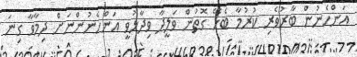
އަންހެނުން ބާރުވެރި ކުރުމާ ބެހޭ ގޮތުން ވަލީދާ ވިދާޅުވީ އަންހެނުންނަށް ދިމާވާ ގިނަ